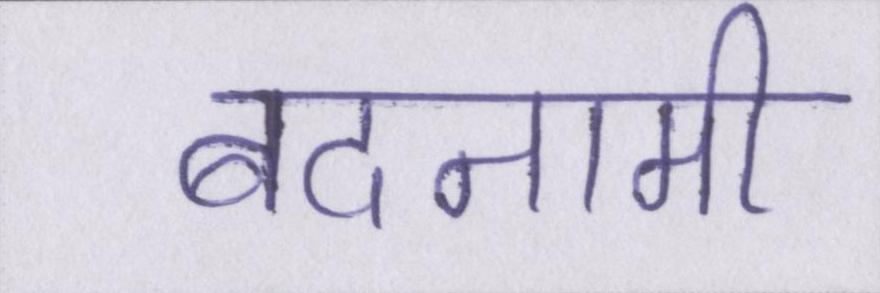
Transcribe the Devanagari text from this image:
बदनामी